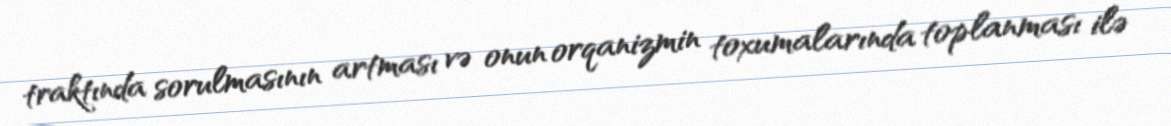
traktında sorulmasının artması və onun orqanizmin toxumalarında toplanması ilə